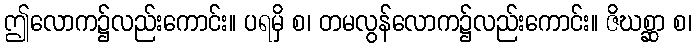
ဤလောက၌လည်းကောင်း။ ပရမှိ စ၊ တမလွန်လောက၌လည်းကောင်း။ ဇိဃစ္ဆာ စ၊